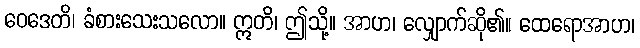
ဝေဒေတိ၊ ခံစားသေးသလော။ ဣတိ၊ ဤသို့။ အာဟ၊ လျှောက်ဆို၏။ ထေရောအာဟ၊